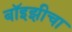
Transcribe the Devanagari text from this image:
बॉइझीचा